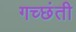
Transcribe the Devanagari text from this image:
गच्छंती